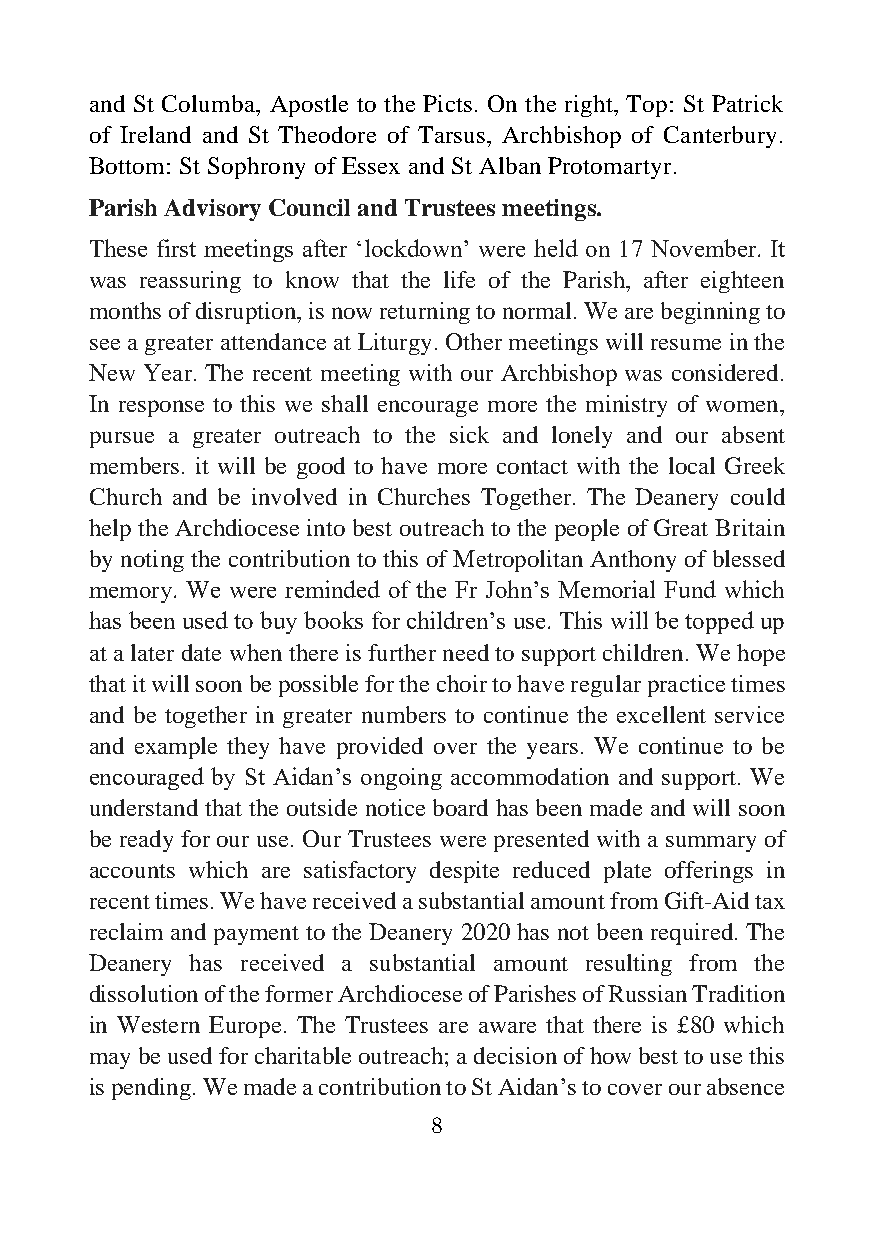
and St Columba, Apostle to the Picts. On the right, Top: St Patrick
 of Ireland and St Theodore of Tarsus, Archbishop of Canterbury.
 Bottom: St Sophrony of Essex and St Alban Protomartyr.
 Parish Advisory Council and Trustees meetings.
 These first meetings after ‘lockdown’ were held on 17 November. It
 was reassuring to know that the life of the Parish, after eighteen
 months of disruption, is now returning to normal. We are beginning to
 see a greater attendance at Liturgy. Other meetings will resume in the
 New Year. The recent meeting with our Archbishop was considered.
 In response to this we shall encourage more the ministry of women,
 pursue a greater outreach to the sick and lonely and our absent
 members. it will be good to have more contact with the local Greek
 Church and be involved in Churches Together. The Deanery could
 help the Archdiocese into best outreach to the people of Great Britain
 by noting the contribution to this of Metropolitan Anthony of blessed
 memory. We were reminded of the Fr John’s Memorial Fund which
 has been used to buy books for children’s use. This will be topped up
 at a later date when there is further need to support children. We hope
 that it will soon be possible for the choir to have regular practice times
 and be together in greater numbers to continue the excellent service
 and example they have provided over the years. We continue to be
 encouraged by St Aidan’s ongoing accommodation and support. We
 understand that the outside notice board has been made and will soon
 be ready for our use. Our Trustees were presented with a summary of
 accounts which are satisfactory despite reduced plate offerings in
 recent times. We have received a substantial amount from Gift-Aid tax
 reclaim and payment to the Deanery 2020 has not been required. The
 Deanery has received a substantial amount resulting from the
 dissolution of the former Archdiocese of Parishes of Russian Tradition
 in Western Europe. The Trustees are aware that there is £80 which
 may be used for charitable outreach; a decision of how best to use this
 is pending. We made a contribution to St Aidan’s to cover our absence
 8